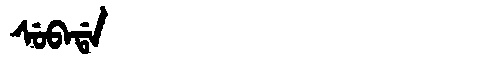
Manchu: ᠰᡠᠪᠠᡩᠠ
Romanization: SUBADA